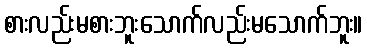
စားလည်းမစားဘူးသောက်လည်းမသောက်ဘူး။